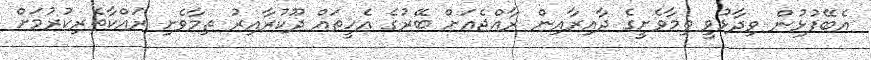
އެބޭފުޅުން ވިދާޅުވީ ތިމާވެށީގެ ދާއިރާއިން ރާއްޖެއަށް ބޭރުގެ އެހީތައް ދޫކުރާއިރު ތިމާވެށި ރައްކާތެރިކުރުމަށް